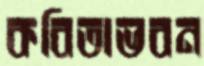
কবিতাভবন